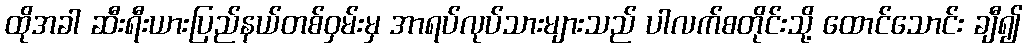
ထိုအခါ ဆီးရီးယားပြည်နယ်တစ်ဝှမ်းမှ အာရပ်လုပ်သားများသည် ပါလက်စတိုင်းသို့ ထောင်သောင်း ချီ၍